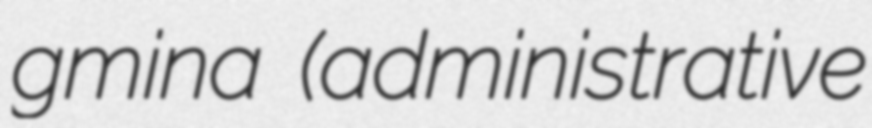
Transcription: gmina (administrative